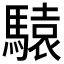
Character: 𲋽